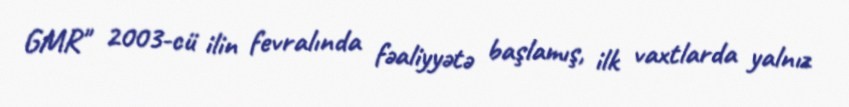
GMR" 2003-cü ilin fevralında fəaliyyətə başlamış, ilk vaxtlarda yalnız